Indian journal of veterinary science and animal husbandry - Volumes 15-17, 1948-1951
Year: 1948
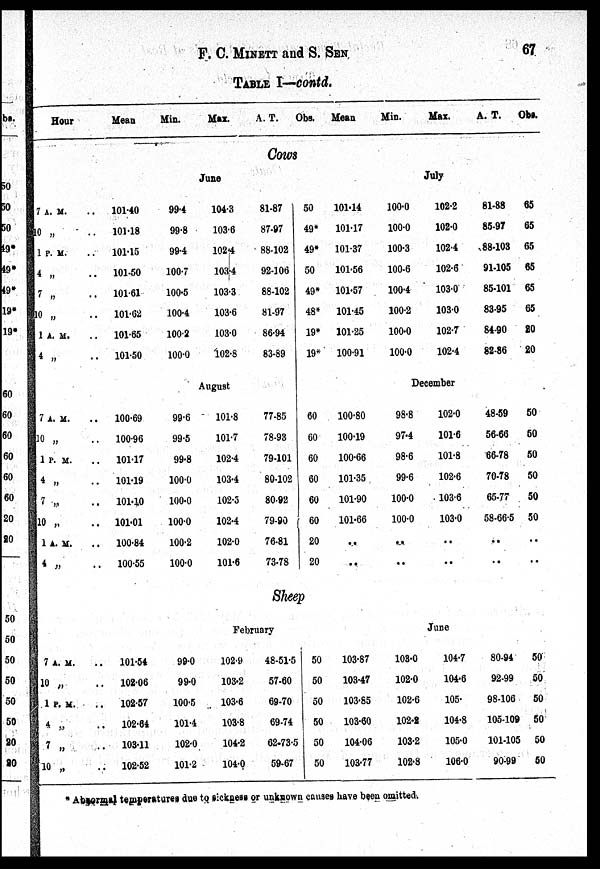
F. C. MINETT and S.
SEN
67
TABLE I—contd.
Hour
Mean
Min.
Max.
A. T.
Obs.
Mean
Min.
Max.
A. T.
Obs.
Cows
June
7 A. M.
10 „
1 P. M.
4 „
7 „
10 „
1 A. M.
4 „
..
101.40
..
101.18
..
101.15
..
101.50
..
101.61
..
101.62
..
101.65
..
101.50
99.4
99.8
99.4
100.7
100.5
100.4
100.2
100.0
104.3
103.6
1024
103.4
103.3
103.6
103.0
102.8
81.87
87.97
88.102
92.106
88.102
81.97
86.94
83.89
August
7 A. M.
10 „
1 P. M.
4 „
7
„
10 „
1 A. M.
4 „
..
100.69
..
100.96
..
101.17
..
101.19
..
101.10
..
101.01
..
100.84
..
100.55
99.6
99.5
99.8
100.0
100.0
100.0
100.2
100.0
101.8
101.7
102.4
103.4
102.5
102.4
102.0
101.6
77.85
78.93
79.101
80.102
80.92
79.90
76.81
73.78
July
50
49*
49*
50
49*
48*
19*
19*
101.14
101.17
101.37
101.56
101.57
101.45
101.25
100.91
100.0
100.0
100.3
100.6
100.4
100.2
100.0
100.0
102.2
102.0
102.4
102.6
103.0
103.0
102.7
102.4
81.88
85.97
88.103
91.105
85.101
83.95
84.90
82.86
65
65
65
65
65
65
20
20
December
60
60
60
60
60
60
20
20
100.80
100.19
100.66
101.35
101.90
101.66
..
..
98.8
97.4
98.6
99.6
100.0
100.0
..
..
102.0
101.6
101.8
102.6
103.6
103.0
..
..
48.59
56.66
66.78
70.78
65.77
58-66-5
..
..
50
50
50
50
50
50
..
..
Sheep
February
7 A. M.
10 „
1 P. M.
4 „
7 „
10 „
..
101.54
..
102.06
..
102.57
..
102.64
..
103.11
..
102.52
99.0
99.0
100.5
101.4
102.0
101.2
102.9
103.2
103.6
103.8
104.2
104.0
48-51-5
57.60
69.70
69.74
62-73-5
59.67
June
50
50
50
50
50
50
103.87
103.47
103.85
103.60
104.06
103.77
103.0
102.0
102.6
102.2
103.2
102.8
104.7
104.6
105.
104.8
105.0
106.0
80.94
92.99
98.106
105.109
101.105
90.99
50
50
50
50
50
50
* Abnormal temperatures due to sickness or unknown causes have been omitted.